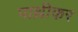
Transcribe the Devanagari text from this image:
पाथ्रीकर